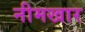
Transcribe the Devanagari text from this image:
नीमखार